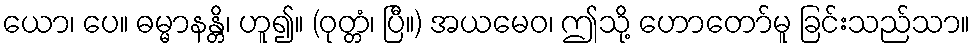
ယော၊ ပေ။ ဓမ္မာနန္တိ၊ ဟူ၍။ (ဝုတ္တံ၊ ပြီ။) အယမေဝ၊ ဤသို့ ဟောတော်မူ ခြင်းသည်သာ။